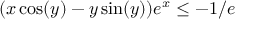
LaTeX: ( x \cos ( y ) - y \sin ( y ) ) e ^ { x } \leq - 1 / e